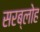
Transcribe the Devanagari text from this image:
सरब्लोह